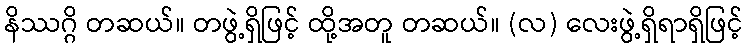
နိဿဂ္ဂိ တဆယ်။ တဖွဲ့ရှိဖြင့် ထို့အတူ တဆယ်။ (လ) လေးဖွဲ့ရှိရာရှိဖြင့်